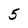
Character: 5